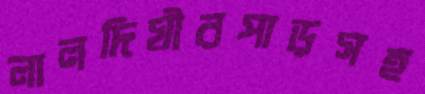
লালদিঘীরপাড়সহ